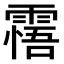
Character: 𩄭